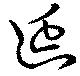
延